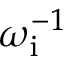
\omega _ { \mathrm { i } } ^ { - 1 }